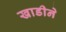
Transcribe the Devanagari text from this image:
खाडीने